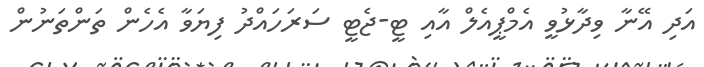
އަދި އޭނާ ވިދާޅުވީ އެމްޕީއެލް އާއި ޓީ-ޖެޓީ ސަރަަހައްދު ފިޔަވާ އެހެން ތަންތަނުން